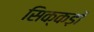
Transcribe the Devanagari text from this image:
सिक्कड़ों